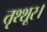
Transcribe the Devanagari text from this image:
तृश्शूर।